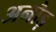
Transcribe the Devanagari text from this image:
अनौड़